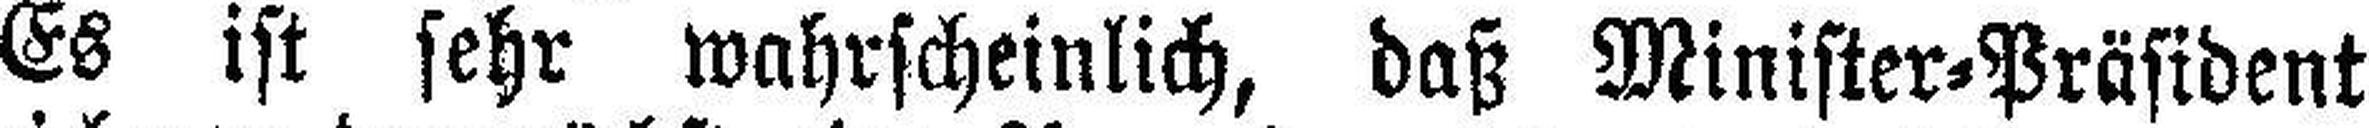
Es ist sehr wahrscheinlich, daß Minister=Präsident